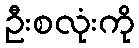
ဦးစလုံးကို